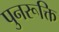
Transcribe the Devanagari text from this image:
पुनरूक्ति